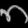
Digit: ၈